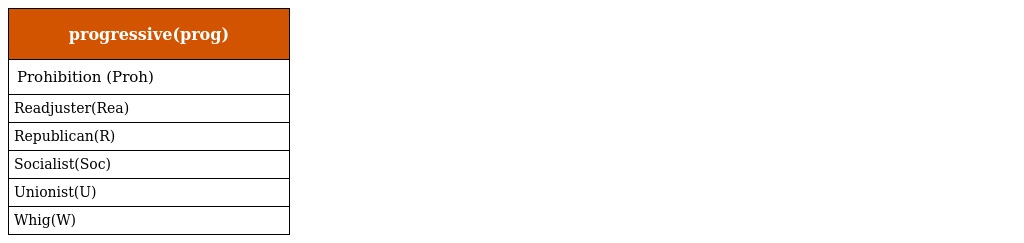
| progressive(prog) |
 | --- |
 | Prohibition (Proh) |
 | Readjuster(Rea) |
 | Republican(R) |
 | Socialist(Soc) |
 | Unionist(U) |
 | Whig(W) |